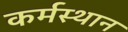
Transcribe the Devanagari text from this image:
कर्मस्थान